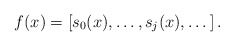
\begin{align*}f(x)=\left[s_0(x), \dots, s_j(x), \dots\right].\end{align*}